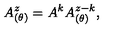
A _ { ( \theta ) } ^ { z } = A ^ { k } A _ { ( \theta ) } ^ { z - k } ,